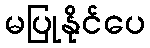
မပြုနိုင်ပေ